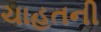
ચાહતની